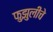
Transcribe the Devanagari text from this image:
फुझुलीचे